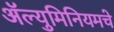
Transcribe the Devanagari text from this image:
ॲल्युमिनियमचे